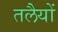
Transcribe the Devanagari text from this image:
तलेैयों